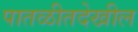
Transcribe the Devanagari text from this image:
पातळीतदेखील